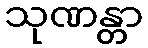
သုဏန္တာ